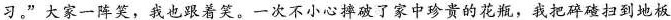
习。”大家一阵笑，我也跟着笑。一次不小心摔破了家中珍贵的花瓶，我把碎碴扫到地板